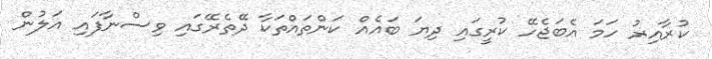
ކުރާއިރު ހަމަ އެބަޖެހޭ ކުރީގައި ދިޔަ ބައެއް ކަންތައްތަކާ ދޭތެރޭގައި ވިސްނާފައި އަލުން